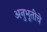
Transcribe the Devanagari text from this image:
अनुभूतीचे